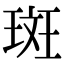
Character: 斑